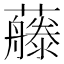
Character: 𰲕